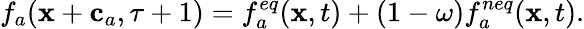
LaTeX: f_{a}(\mathbf{x}+\mathbf{c}_{a},\tau+1)=f_{a}^{eq}(\mathbf{x},t)+(1-\omega)f_{a}^{neq}(\mathbf{x},t).